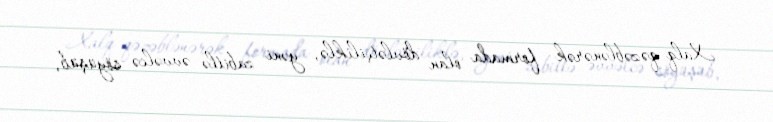
Xalq qəzəblənərək formada olan dövlətçiliklə, yəni zabitlə əvvəlcə söyüşüb,